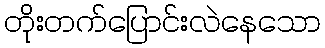
တိုးတက်ပြောင်းလဲနေသော